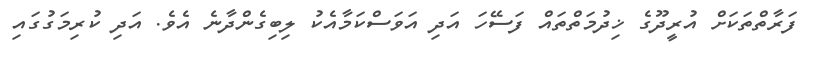
ފަރާތްތަކަށް އުރީދޫގެ ޚިދުމަތްތައް ފަސޭހަ އަދި އަވަސްކަމާއެކު ލިބިގެންދާނެ އެވެ. އަދި ކުރިމަގުގައި